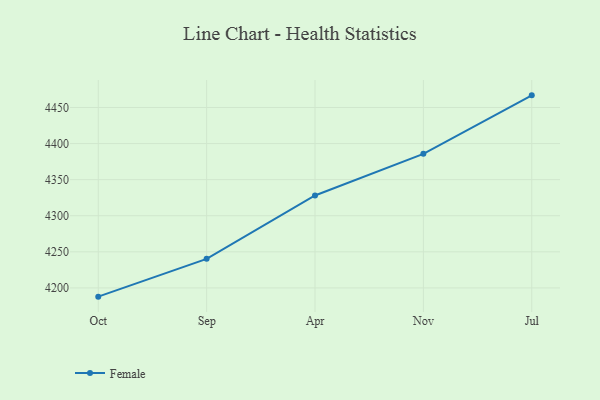
{"axis": {"x": "Month", "y": "Latency (ms)"}, "legend": ["Female"], "data": [{"x": "Oct", "y": 4187.9, "type": "Female"}, {"x": "Sep", "y": 4240.3, "type": "Female"}, {"x": "Apr", "y": 4328.1, "type": "Female"}, {"x": "Nov", "y": 4385.8, "type": "Female"}, {"x": "Jul", "y": 4466.8, "type": "Female"}]}